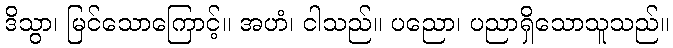
ဒိသွာ၊ မြင်သောကြောင့်။ အဟံ၊ ငါသည်။ ပညော၊ ပညာရှိသောသူသည်။